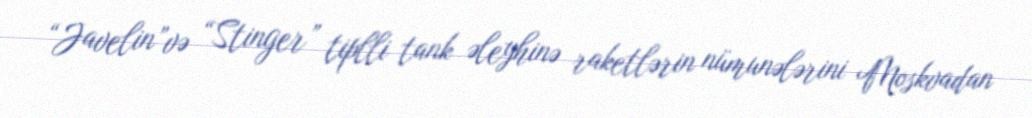
“Javelin”və “Stinger” tiplli tank əleyhinə raketlərin nümunələrini Moskvadan